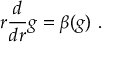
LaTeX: r \frac { d } { d r } g = \beta ( g ) \, \, .